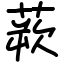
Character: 𫟔